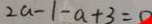
2 a - 1 - a + 3 = 0